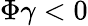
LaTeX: \Phi\gamma<0